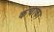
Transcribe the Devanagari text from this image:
कचाका